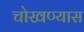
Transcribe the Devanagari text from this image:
चोखण्यास